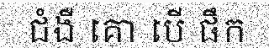
ជំងឺ គោ បើ ផឹក